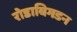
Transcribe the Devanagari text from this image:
रोडाबिगडन